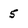
Character: 5